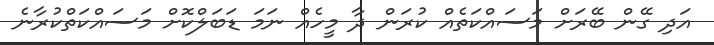
އަދި ގޭން ބޭރަށް މަސައްކަތެއް ކުރަން ދާ މީހެއް ނަމަ ޑަބަލްކޮށް މަސައްކަތްކުރާނެ